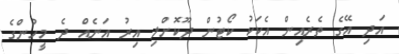
އަދި އޭގެ ތެރެއިން އެކަކު ކޯޓުން ދޫކޮށްލި އިރު އަނެއް ދެ މީހުންގެ